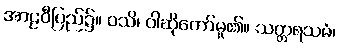
အာဠဝီပြည်၌။ ဝသိ၊ ဝါဆိုတော်မူ၏။ သတ္တရသမံ၊